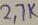
Text: 2.7K